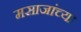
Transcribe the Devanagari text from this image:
मसाजांच्या